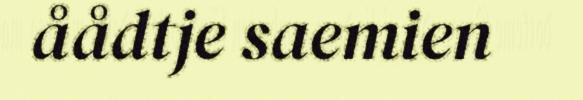
åådtje saemien